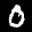
Label: 0